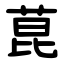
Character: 菎